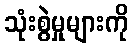
သုံးစွဲမှုများကို